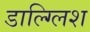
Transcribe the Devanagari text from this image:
डाल्ग्लिश